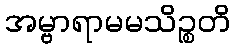
အမ္ဗာရာမမသိဉ္စတိ